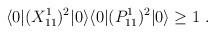
LaTeX: \begin{align*}\langle 0 | (X^1_{11})^2 | 0 \rangle\langle 0 | (P^1_{11})^2 | 0 \rangle \geq 1\ .\end{align*}